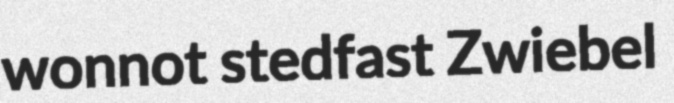
wonnot stedfast Zwiebel